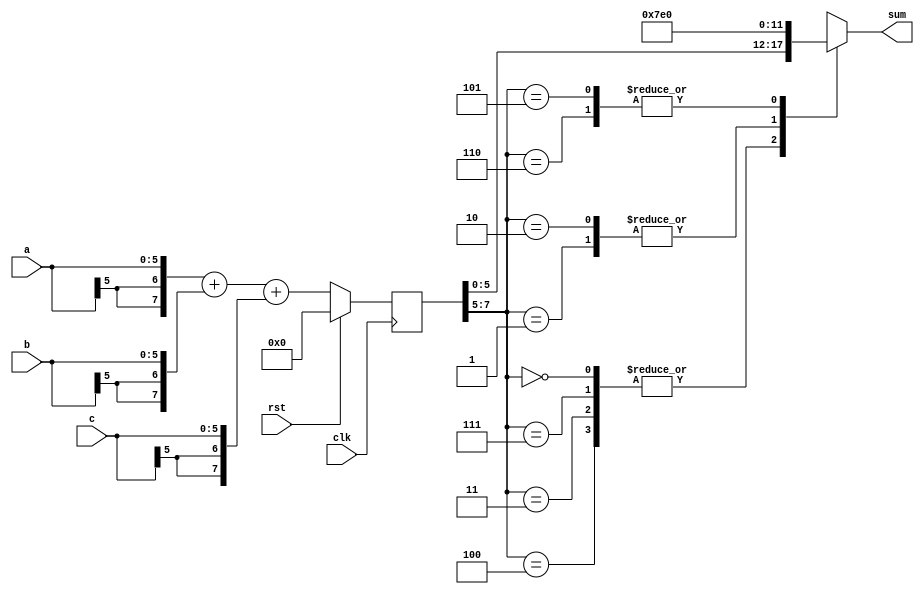
`timescale 1ns / 1ps
//////////////////////////////////////////////////////////////////////////////////
// Company: 
// Engineer: 
// 
// Design Name: 
// Module Name: adderW2
// Project Name: 
// Target Devices: 
// Tool Versions: 
// Description: 
// 
// Dependencies: 
// 
// Revision:
// Revision 0.01 - File Created
// Additional Comments:
// 
//////////////////////////////////////////////////////////////////////////////////

module adderW2(sum, a, b,c,clk,rst);
parameter W=6;
//output carryout;
output reg [W-1:0] sum;
input [W-1:0] a, b, c;
input clk,rst;

  reg [W-1:0]a_r,b_r,c_r,sum_1;
  wire [W+1:0] x,y,z,sum_inter,sum_inter_2,sum_2;
  reg [W+1:0]sum_inter_reg;
  
  
  assign x = {a[W-1],a[W-1],a};
  assign y = {b[W-1],b[W-1],b};
  assign z = {c[W-1],c[W-1],c};
//assign sum_2={sum_1[W-1],sum_1};

assign {sum_inter} = x+y+z;
//assign {sum_inter_1} = x+y;

always@(posedge clk)
begin
    if(rst)
    begin
    sum_inter_reg<=0;
    end
    
    else
    begin
    sum_inter_reg<=sum_inter;
    end
    
    end

always@(sum_inter_reg)
begin
  case({sum_inter_reg[W+1:W-1]})
    3'b000,3'b111,3'b011,3'b100: sum = sum_inter_reg[W-1:0]; //sum_inter[W]=sum_inter[W-1] -> no overflow
    3'b010,3'b001: sum = {1'b0,{(W-1){1'b1}}};    //overflow and msb 0->positive saturation
    3'b101,3'b110: sum = {1'b1,{(W-1){1'b0}}};    //overflow and msb 1->negative saturation
  endcase
end
  
/*always@(posedge clk)
    begin
    if(rst)
    begin
    a_r<=0;
    b_r<=0;
    end
    
    else
    begin
    a_r<=a;
    b_r<=b;
    end
    
    end*/

endmodule